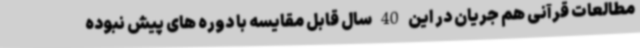
مطالعات قرآنی هم جریان در این 40 سال قابل مقایسه با دوره های پیش نبوده